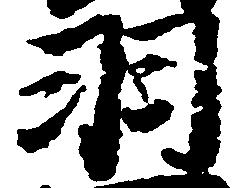
羽